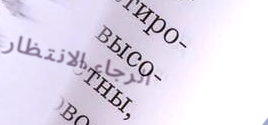
الرجاء الانتظار